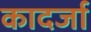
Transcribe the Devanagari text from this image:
कादर्जा